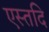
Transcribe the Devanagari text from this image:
एस्तदि